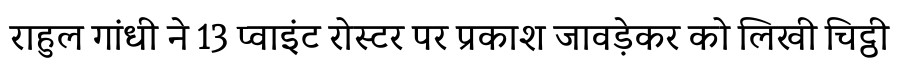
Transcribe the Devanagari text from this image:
राहुल गांधी ने 13 प्वाइंट रोस्टर पर प्रकाश जावड़ेकर को लिखी चिट्ठी